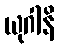
ယုဂါနိ